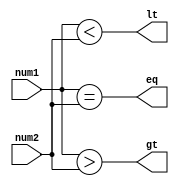
module comparator (
    input [1:0] num1,
    input [1:0] num2,
    output eq,
    output gt,
    output lt
);
  
assign eq = (num1 == num2);
assign gt = (num1 > num2);
assign lt = (num1 < num2);

endmodule